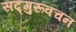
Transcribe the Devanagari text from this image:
सद्गुरूवचन